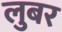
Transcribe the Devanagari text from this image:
लुबर